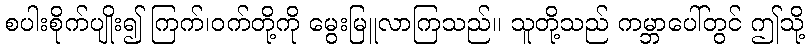
စပါးစိုက်ပျိုး၍ ကြက်၊ဝက်တို့ကို မွေးမြူလာကြသည်။ သူတို့သည် ကမ္ဘာပေါ်တွင် ဤသို့